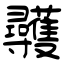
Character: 彠